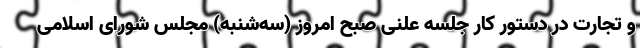
و تجارت در دستور کار جلسه علنی صبح امروز (سه‌شنبه) مجلس شورای اسلامی